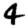
Digit: 4